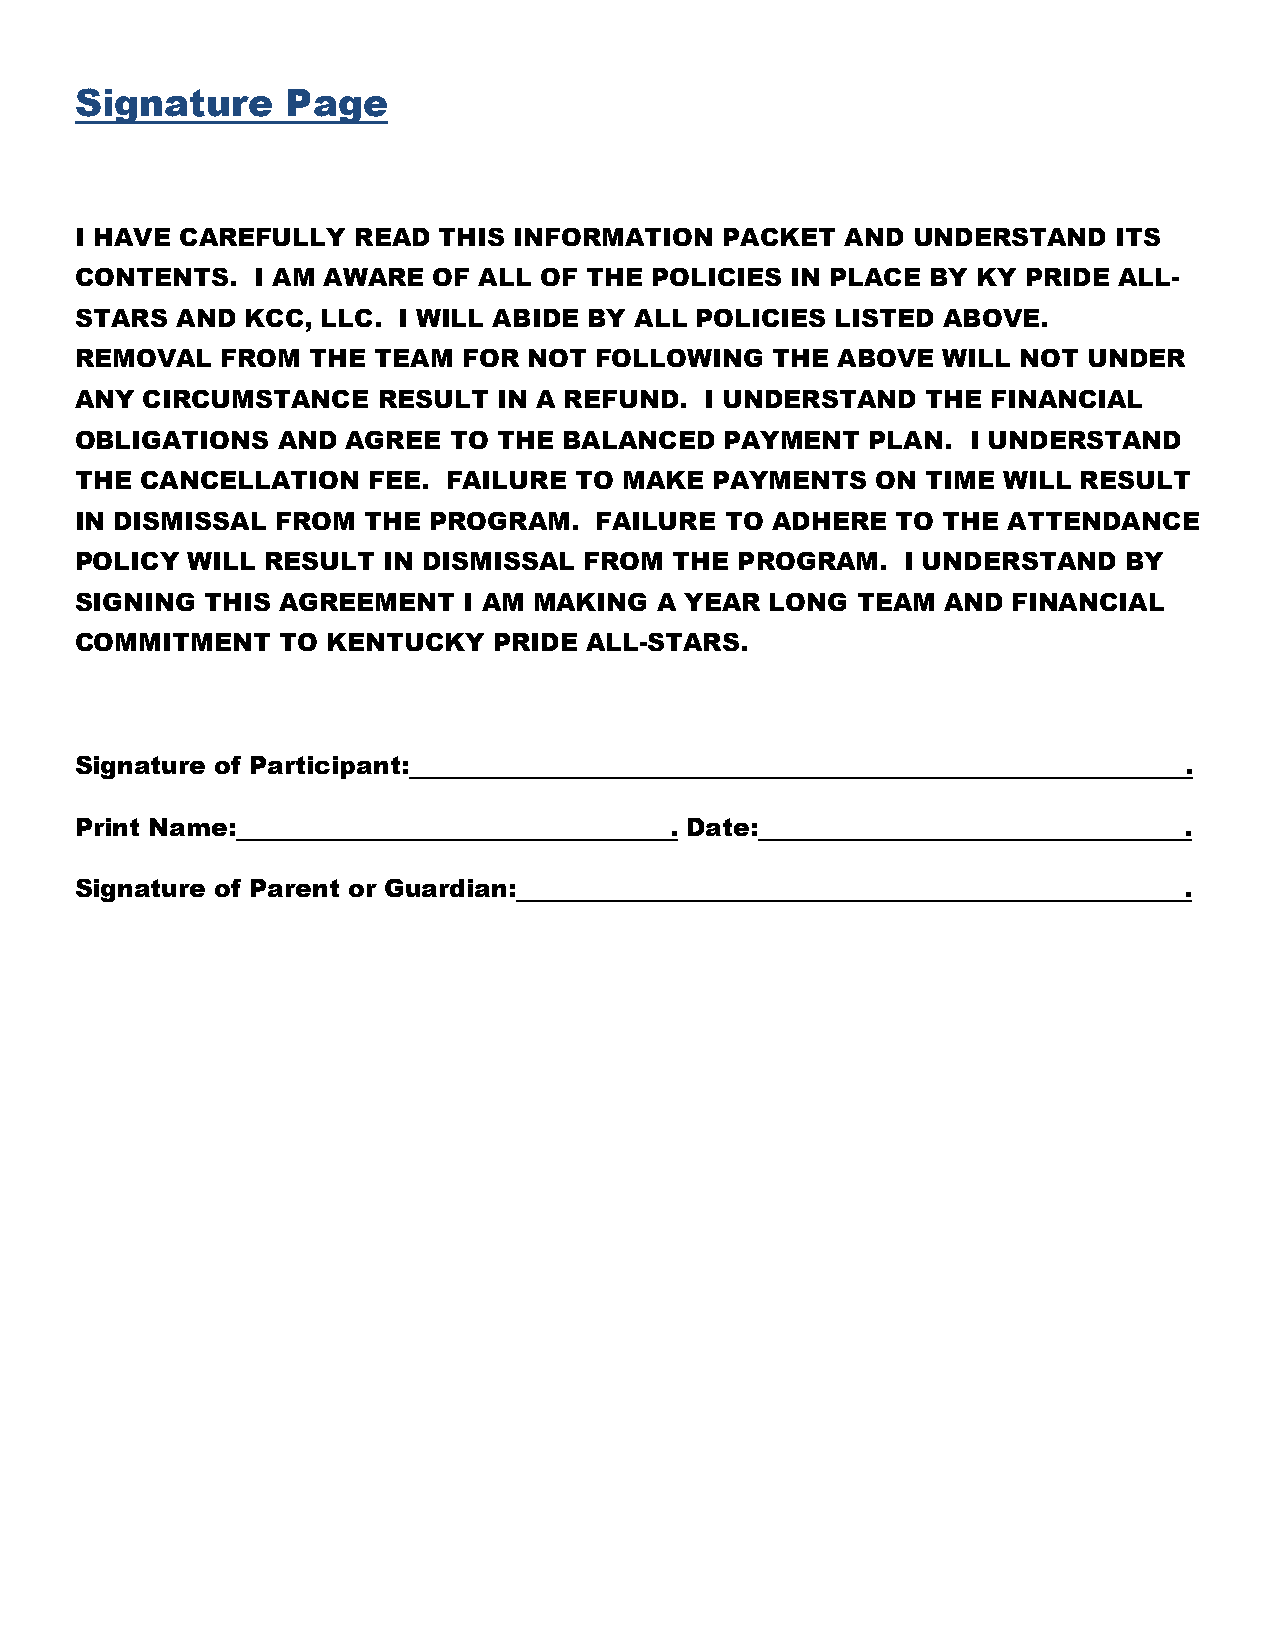
Signature     Page
 I HAVE CAREFULLY  READ  THIS INFORMATION   PACKET  AND UNDERSTAND    ITS
 CONTENTS.   I AM AWARE  OF ALL OF THE POLICIES IN PLACE  BY KY PRIDE ALL-
 STARS  AND KCC, LLC. I WILL ABIDE BY ALL POLICIES LISTED ABOVE.
 REMOVAL   FROM THE  TEAM  FOR NOT FOLLOWING   THE ABOVE  WILL NOT  UNDER
 ANY CIRCUMSTANCE    RESULT  IN A REFUND.  I UNDERSTAND  THE  FINANCIAL
 OBLIGATIONS  AND  AGREE  TO THE BALANCED   PAYMENT   PLAN. I UNDERSTAND
 THE CANCELLATION   FEE.  FAILURE TO MAKE  PAYMENTS   ON TIME WILL  RESULT
 IN DISMISSAL FROM  THE PROGRAM.   FAILURE  TO ADHERE  TO THE  ATTENDANCE
 POLICY WILL RESULT  IN DISMISSAL  FROM  THE PROGRAM.   I UNDERSTAND  BY
 SIGNING  THIS AGREEMENT   I AM MAKING A YEAR  LONG  TEAM  AND FINANCIAL
 COMMITMENT   TO  KENTUCKY   PRIDE ALL-STARS.
 Signature of Participant:                                                .
 Print Name:                            . Date:                           .
 Signature of Parent or Guardian:                                         .